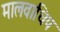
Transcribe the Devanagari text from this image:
मालवाधिप